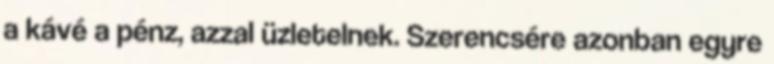
a kávé a pénz, azzal üzletelnek. Szerencsére azonban egyre